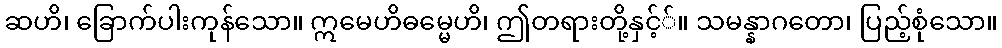
ဆဟိ၊ ခြောက်ပါးကုန်သော။ ဣမေဟိဓမ္မေဟိ၊ ဤတရားတို့နှင့််။ သမန္နာဂတော၊ ပြည့်စုံသော။